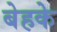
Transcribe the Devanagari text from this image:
बेहके